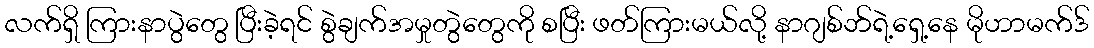
လက်ရှိ ကြားနာပွဲတွေ ပြီးခဲ့ရင် စွဲချက်အမှုတွဲတွေကို စပြီး ဖတ်ကြားမယ်လို့ နာဂျစ်ဘ်ရဲ့ရှေ့နေ မိုဟာမက်ဒ်